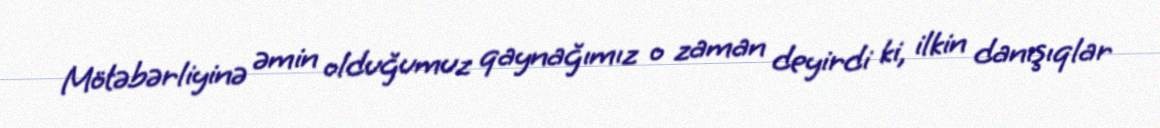
Mötəbərliyinə əmin olduğumuz qaynağımız o zaman deyirdi ki, ilkin danışıqlar